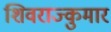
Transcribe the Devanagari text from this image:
शिवराज्कुमार